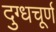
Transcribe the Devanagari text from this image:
दुग्धचूर्ण